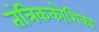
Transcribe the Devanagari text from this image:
तंत्रिककोशिक्य